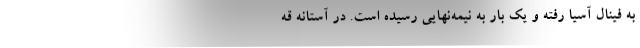
به فینال آسیا رفته و یک بار به نیمه‌نهایی رسیده است. در آستانه قه